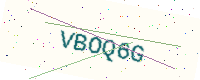
Text: VBOQ6G